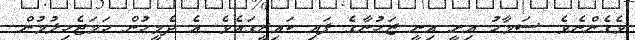
ވެގެންނެވެ. ސަމާޙު އިށީ އިނީ ޒަހުނާގެ ފައި ކައިރީގައެވެ. އެ ދެމީހުން ހަމަޖެހިލުމުން